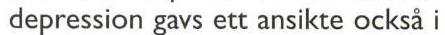
depression gavs ett ansikte också i